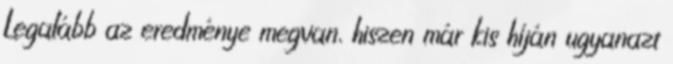
Legalább az eredménye megvan, hiszen már kis híján ugyanazt